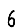
Digit: 6